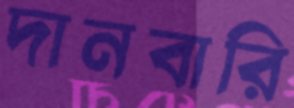
দানবারি